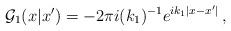
LaTeX: \begin{align*}{\cal G}_{1}(x|x') = -2\pi i(k_{1})^{-1}e^{ik_{1}|x-x'|}\,,\end{align*}